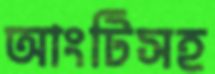
আংটিসহ